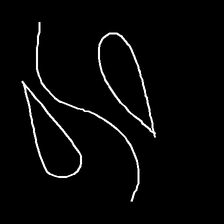
Glyph: water